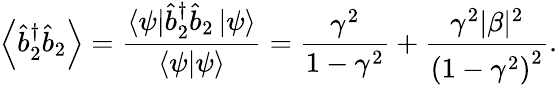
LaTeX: \left\langle\hat{b}_{2}^{\dagger}\hat{b}_{2}\right\rangle=\frac{\left\langle\psi\right\vert\hat{b}_{2}^{\dagger}\hat{b}_{2}\left\vert\psi\right\rangle}{\left\langle\psi|\psi\right\rangle}=\frac{\gamma^{2}}{1-\gamma^{2}}+\frac{\gamma^{2}|\beta|^{2}}{\left(1-\gamma^{2}\right)^{2}}.